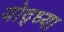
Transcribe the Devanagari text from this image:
योद्ध्या